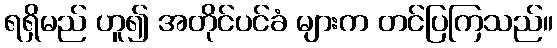
ရရှိမည် ဟူ၍ အတိုင်ပင်ခံ များက တင်ပြကြသည်။